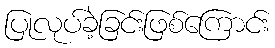
ပြုလုပ်ခဲ့ခြင်းဖြစ်ကြောင်း